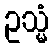
ဥသ္မံ